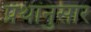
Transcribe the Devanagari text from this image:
प्रथांनुसार